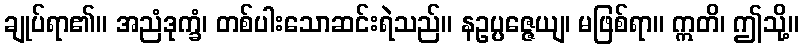
ချုပ်ရာ၏။ အညံဒုက္ခံ၊ တစ်ပါးသောဆင်းရဲသည်။ နဥပ္ပဇ္ဇေယျ၊ မဖြစ်ရာ။ ဣတိ၊ ဤသို့။